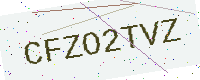
Text: CFZO2TVZ